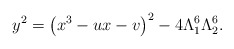
\begin{align*}y^2=\left(x^3-ux-v\right)^2-4\Lambda_1^6\Lambda_2^6. \end{align*}